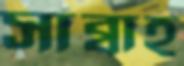
সাব্বাহ